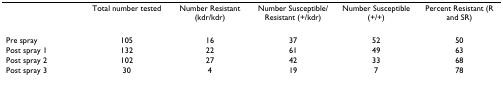
<table><thead><tr><td></td><td><b>Total number tested</b></td><td><b>Number Resistant (kdr/kdr)</b></td><td><b>Number Susceptible/Resistant (+/kdr)</b></td><td><b>Number Susceptible (+/+)</b></td><td><b>Percent Resistant (R and SR)</b></td></tr></thead><tbody><tr><td>Pre spray</td><td>105</td><td>16</td><td>37</td><td>52</td><td>50</td></tr><tr><td>Post spray 1</td><td>132</td><td>22</td><td>61</td><td>49</td><td>63</td></tr><tr><td>Post spray 2</td><td>102</td><td>27</td><td>42</td><td>33</td><td>68</td></tr><tr><td>Post spray 3</td><td>30</td><td>4</td><td>19</td><td>7</td><td>78</td></tr></tbody></table>